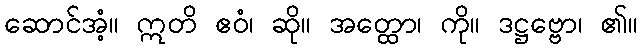
ဆောင်အံ့။ ဣတိ ဧဝံ၊ ဆို။ အတ္ထော၊ ကို။ ဒဋ္ဌဗ္ဗော၊ ၏။